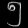
Digit: ၅